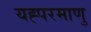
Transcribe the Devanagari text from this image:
यह्परमाणु